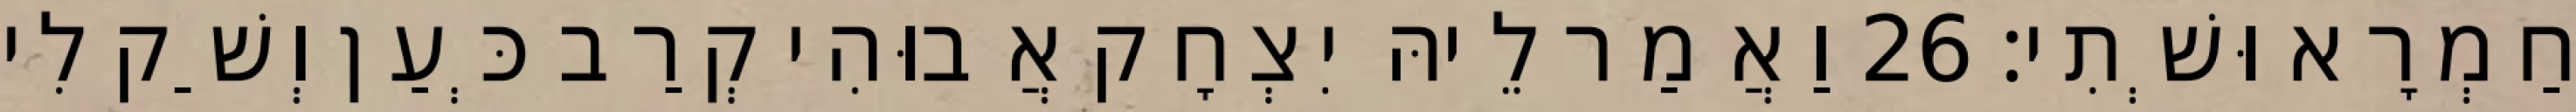
חַמְרָא וּשְׁתִי׃ 26 וַאֲמַר לֵיהּ יִצְחָק אֲבוּהִי קְרַב כְּעַן וְשַׁק לִי